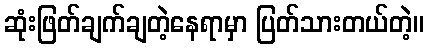
ဆုံးဖြတ်ချက်ချတဲ့နေရာမှာ ပြတ်သားတယ်တဲ့။